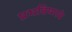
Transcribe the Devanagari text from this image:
प्रभविष्णवे